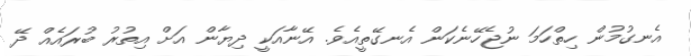
އެނގުމުން ހިތްހަމަ ނުޖެހޭނެކަން އެނގޭތީއެވެ. އޭނާއަކީ ދިޔާން އަށް އިތުރު ބުރައެއް ދޭ